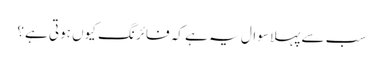
سب سے پہلا سوال یہ ہے کہ فائرنگ کیوں ہوتی ہے؟